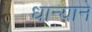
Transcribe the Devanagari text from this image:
धान्याने